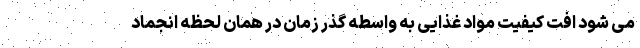
می شود افت کیفیت مواد غذایی به واسطه گذر زمان در همان لحظه انجماد